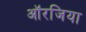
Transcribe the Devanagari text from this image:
ऑरजिया